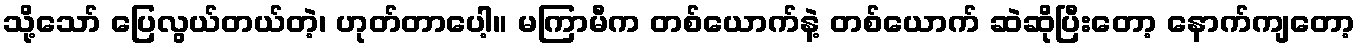
သို့သော် ပြေလွယ်တယ်တဲ့၊ ဟုတ်တာပေါ့။ မကြာမီက တစ်ယောက်နဲ့ တစ်ယောက် ဆဲဆိုပြီးတော့ နောက်ကျတော့